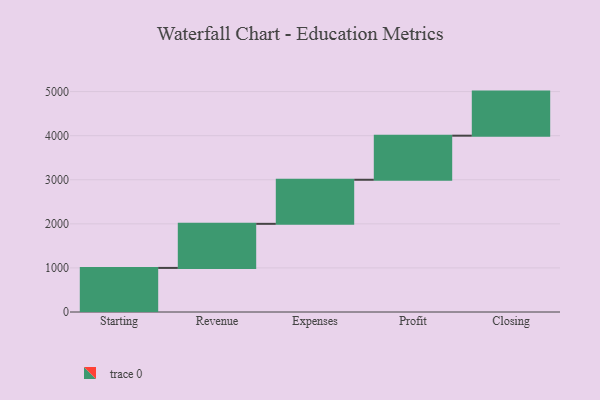
{"axis": {"x": "Step", "y": "Value"}, "legend": [""], "data": [{"x": "Starting", "y": 1000, "type": ""}, {"x": "Revenue", "y": 1000, "type": ""}, {"x": "Expenses", "y": 1000, "type": ""}, {"x": "Profit", "y": 1000, "type": ""}, {"x": "Closing", "y": 1000, "type": ""}]}